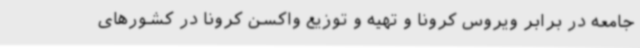
جامعه در برابر ویروس کرونا و تهیه و توزیع واکسن کرونا در کشورهای